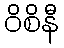
ဝိစိနီ